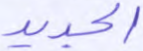
الجديد